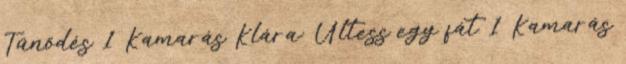
Tűnődés 1 Kamarás Klára: Ültess egy fát 1 Kamarás